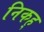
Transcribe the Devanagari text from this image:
निकह्